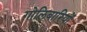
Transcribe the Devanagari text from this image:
गोलिबारियों